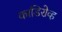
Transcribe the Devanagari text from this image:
काडिरोव्ह